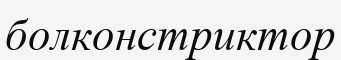
болконстриктор